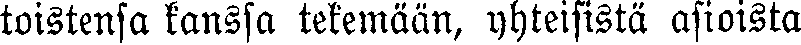
toistensa kanssa tekemään, yhteisistä asioista